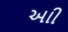
આી